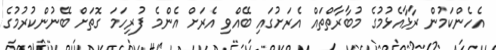
އެހެންކަމުން ރާޅާއެޅުމުގެ މުބާރާތްތައް އެރަށުގައި ބޭއްވި އެރަށް އެންމެ ފުރިހަމަ ގޮތަށް ބޭނުންކުރުމުގެ